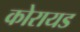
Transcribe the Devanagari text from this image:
कोरायड